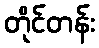
တိုင်တန်း